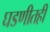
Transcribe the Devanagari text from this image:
घडणीतही